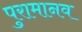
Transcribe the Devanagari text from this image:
पुरामानव